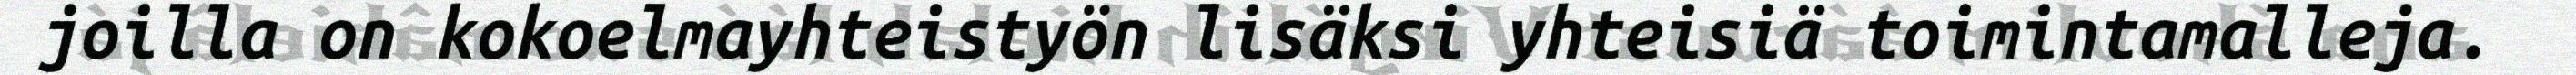
joilla on kokoelmayhteistyön lisäksi yhteisiä toimintamalleja.